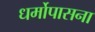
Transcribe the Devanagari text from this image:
धर्मोपासना